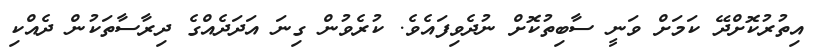
އިތުރުކޮށްދޭ ކަމަށް ވަނީ ސާބިތުކޮށް ނުދެވިފައެވެ. ކުރެވުން ގިނަ އަދަދެއްގެ ދިރާސާތަކުން ދެއްކި